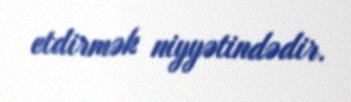
etdirmək niyyətindədir.